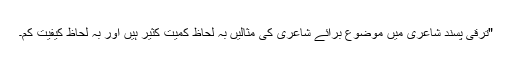
"ترقی پسند شاعری میں موضوع برائے شاعری کی مثالیں بہ لحاظ کمیت کثیر ہیں اور بہ لحاظ کیفیت کم۔